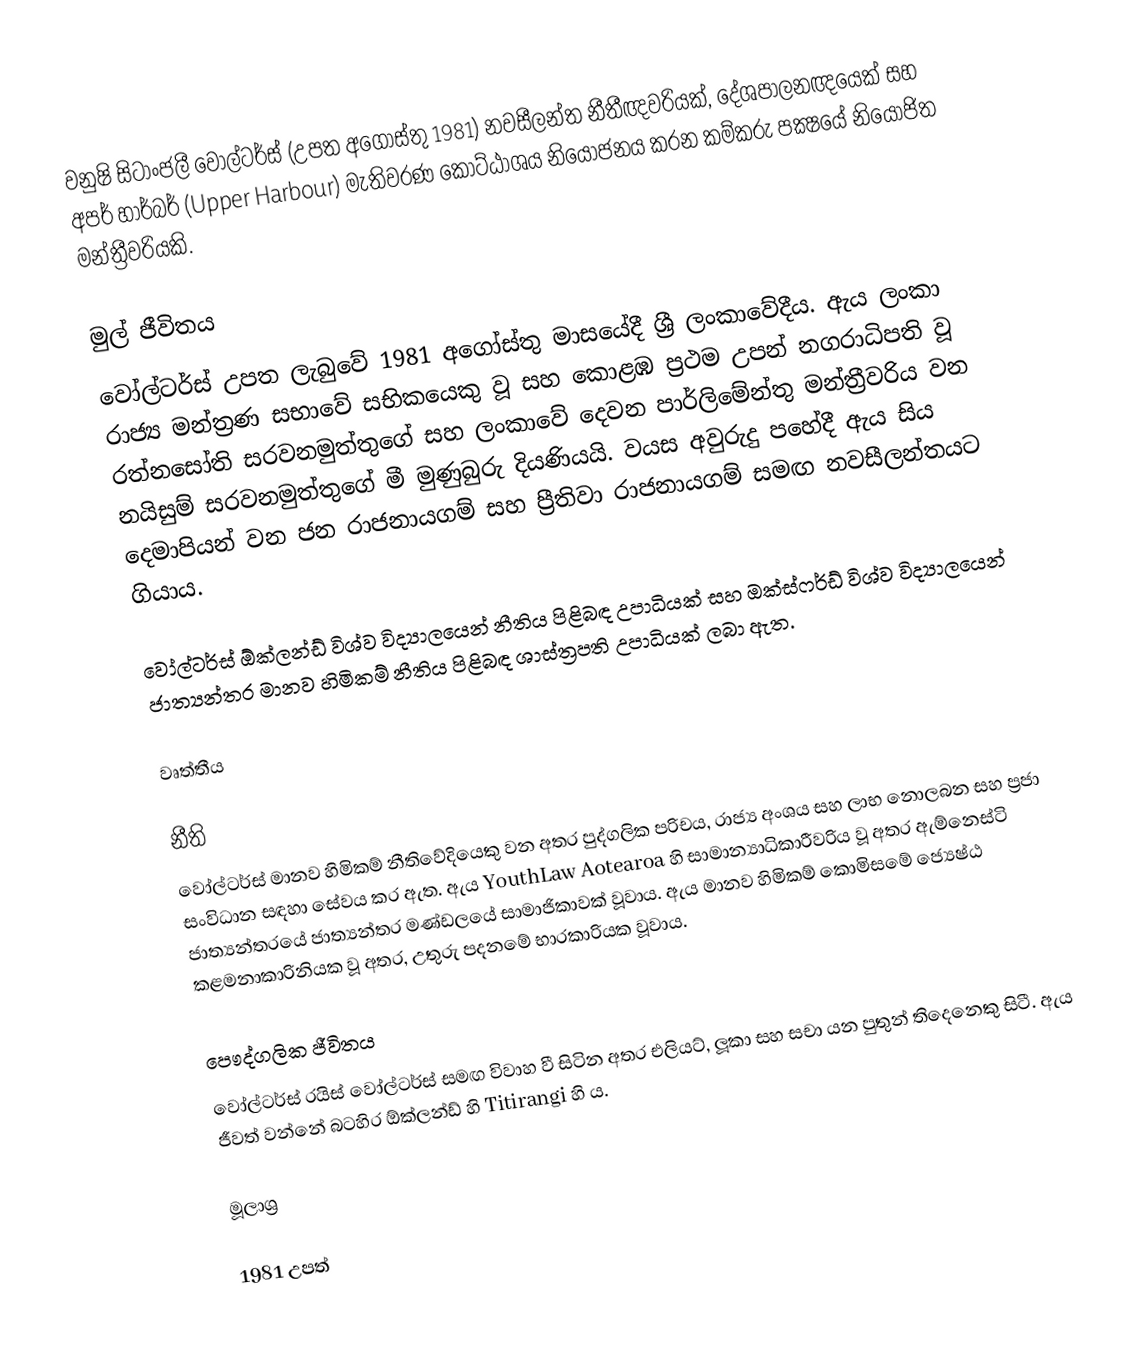
වනුෂි සිටාංජලී වෝල්ටර්ස් (උපත අගෝස්තු 1981) නවසීලන්ත නීතීඥවරියක්, දේශපාලනඥයෙක් සහ අපර් හාර්බර් (Upper Harbour) මැතිවරණ කොට්ඨාශය නියෝජනය කරන කම්කරු පක්‍ෂයේ නියෝජිත මන්ත්‍රීවරියකි.

මුල් ජීවිතය
වෝල්ටර්ස් උපත ලැබුවේ 1981 අගෝස්තු මාසයේදී ශ්‍රී ලංකාවේදීය. ඇය ලංකා රාජ්‍ය මන්ත්‍රණ සභාවේ සභිකයෙකු වූ සහ කොළඹ ප්‍රථම උපන් නගරාධිපති වූ රත්නසෝති සරවනමුත්තුගේ සහ ලංකාවේ දෙවන පාර්ලිමේන්තු මන්ත්‍රීවරිය වන නයිසුම් සරවනමුත්තුගේ මී මුණුබුරු දියණියයි. වයස අවුරුදු පහේදී ඇය සිය දෙමාපියන් වන ජන රාජනායගම් සහ ප්‍රීතිවා රාජනායගම් සමඟ නවසීලන්තයට ගියාය.

වෝල්ටර්ස් ඕක්ලන්ඩ් විශ්ව විද්‍යාලයෙන් නීතිය පිළිබඳ උපාධියක් සහ ඔක්ස්ෆර්ඩ් විශ්ව විද්‍යාලයෙන් ජාත්‍යන්තර මානව හිමිකම් නීතිය පිළිබඳ ශාස්ත්‍රපති උපාධියක් ලබා ඇත.

වෘත්තීය

නීති
වෝල්ටර්ස් මානව හිමිකම් නීතිවේදියෙකු වන අතර පුද්ගලික පරිචය, රාජ්‍ය අංශය සහ ලාභ නොලබන සහ ප්‍රජා සංවිධාන සඳහා සේවය කර ඇත. ඇය YouthLaw Aotearoa හි සාමාන්‍යාධිකාරීවරිය වූ අතර ඇම්නෙස්ටි ජාත්‍යන්තරයේ ජාත්‍යන්තර මණ්ඩලයේ සාමාජිකාවක් වූවාය. ඇය මානව හිමිකම් කොමිසමේ ජ්‍යෙෂ්ඨ කළමනාකාරිනියක වූ අතර, උතුරු පදනමේ භාරකාරියක වූවාය.

පෞද්ගලික ජීවිතය
වෝල්ටර්ස් රයිස් වෝල්ටර්ස් සමඟ විවාහ වී සිටින අතර එලියට්, ලූකා සහ සචා යන පුතුන් තිදෙනෙකු සිටී. ඇය ජීවත් වන්නේ බටහිර ඕක්ලන්ඩ් හි Titirangi හි ය.

මූලාශ්‍ර

1981 උපත්